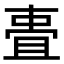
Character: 𬻧